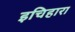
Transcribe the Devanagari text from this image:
इचिहारा